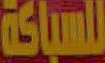
للسباكة